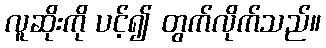
လူဆိုးကို ပင့်၍ တွက်လိုက်သည်။